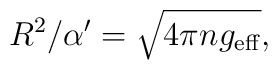
R^2/\alpha' = \sqrt{4\pi n g_{\rm eff}},